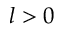
l > 0